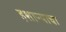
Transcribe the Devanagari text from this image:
इशाऱ्याचा